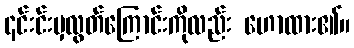
၎င်းင်းမှလွတ်ကြောင်းကိုလည်း ဟောထား၏။